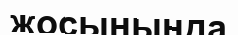
жосынында